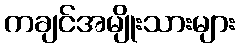
ကချင်အမျိုးသားများ